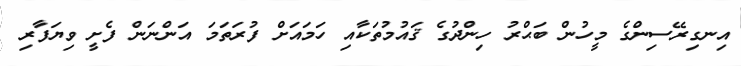
އިނގިރޭސިންގެ މީހުން ބަޙްރު ހިންދުގެ ޤައުމުތަކާއި ހަމައަށް ފުރަތަމަ އަންނަން ފެށީ ވިޔަފާރި